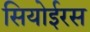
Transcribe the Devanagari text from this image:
सियोईरस